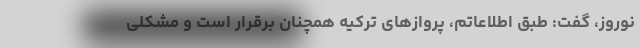
نوروز، گفت: طبق اطلاعاتم، پروازهای ترکیه همچنان برقرار است و مشکلی